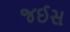
જઈસ